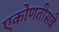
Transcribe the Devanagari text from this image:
एकोणतीसवे